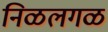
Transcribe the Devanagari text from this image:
निळलगळ